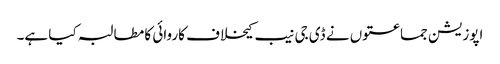
اپوزیشن جماعتوں نے ڈی جی نیب کیخلاف کاروائی کا مطالبہ کیا ہے۔